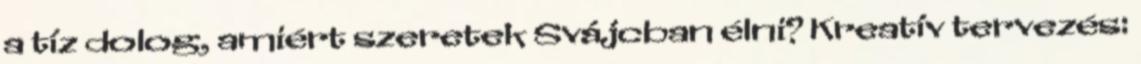
a tíz dolog, amiért szeretek Svájcban élni? Kreatív tervezés: